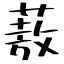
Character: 蔜